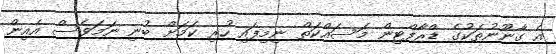
އެ ގާނޫނުތަކުގެ ޑްރާފްޓިން މަސައްކަތް ނިމިފައި ހުރި ކަމަށް ބުނި ނަމަވެސް އެއިން